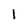
Character: 1